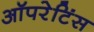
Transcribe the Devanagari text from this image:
ऑपरेटिंस